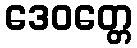
ဒေဝတ္တေ